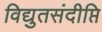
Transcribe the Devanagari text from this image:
विद्युतसंदीप्ति